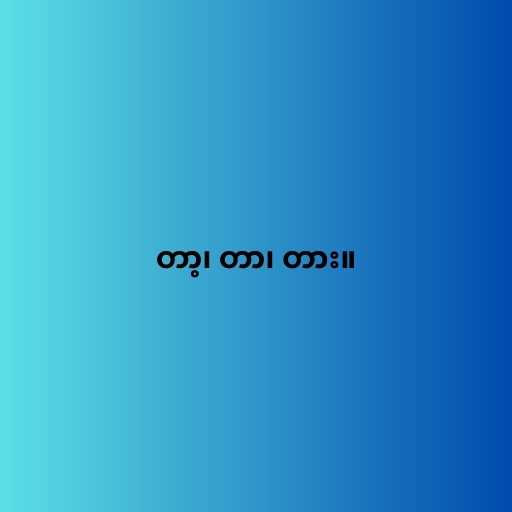
တာ့၊ တာ၊ တား။